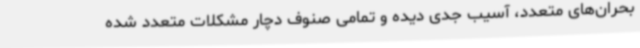
بحران‌های متعدد، آسیب جدی دیده و تمامی صنوف دچار مشکلات متعدد شده